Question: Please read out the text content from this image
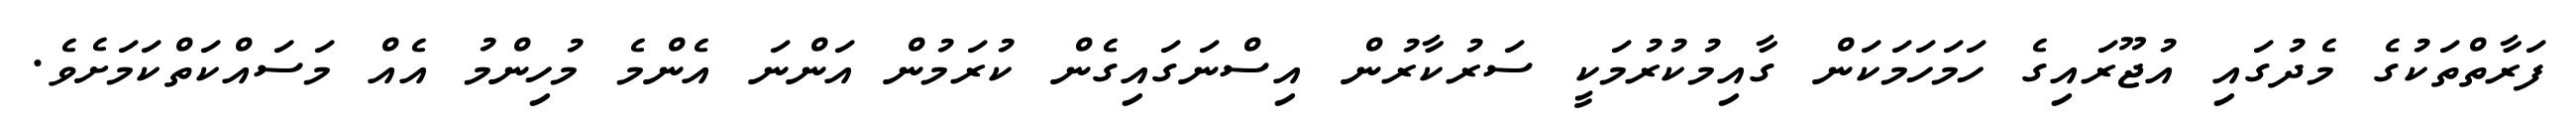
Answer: ފަރާތްތަކުގެ މެދުގައި އުޖޫރައިގެ ހަމަހަމަކަން ގާއިމުކުރުމަކީ ސަރުކާރުން އިސްނަގައިގެން ކުރަމުން އަންނަ އެންމެ މުހިންމު އެއް މަސައްކަތްކަމަށެވެ.